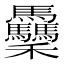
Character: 𥤡